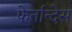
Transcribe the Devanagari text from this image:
फेर्नान्देस